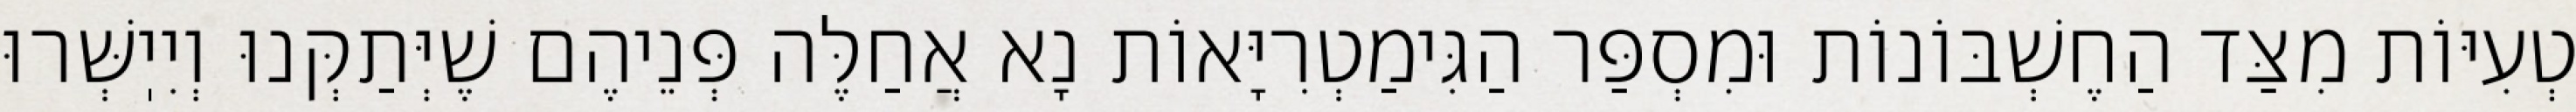
טְעִיּוֹת מִצַּד הַחֶשְׁבּוֹנוֹת וּמִסְפַּר הַגִּימַטְרִיָּאוֹת נָא אֲחַלֶּה פְּנֵיהֶם שֶׁיְּתַקְּנוּ וְיִיֽשְּׁרוּ